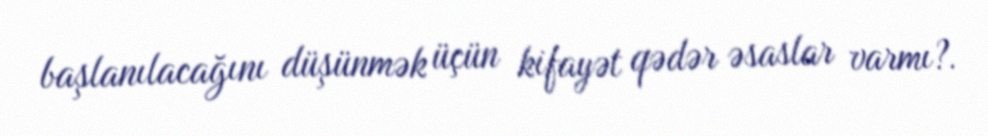
başlanılacağını düşünmək üçün kifayət qədər əsaslar varmı?.